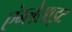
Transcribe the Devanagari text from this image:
एंग्लेसाइट